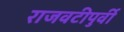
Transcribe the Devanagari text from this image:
राजवटीपुर्वी